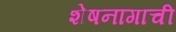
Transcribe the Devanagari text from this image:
शेषनागाची